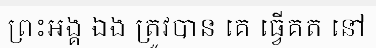
ព្រះអង្គ ឯង ត្រូវបាន គេ ធ្វើគត នៅ